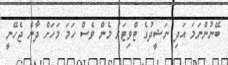
ބޭނުންނަމަ އަދި ނަޝީދުގެ ޓްވިޓަރު މެން ވެސް ހަމަ މަހަށް ދާން ޖެހޭނީ